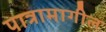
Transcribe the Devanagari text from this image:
पात्रामागील